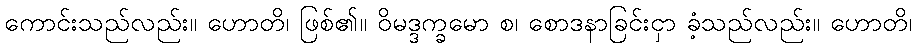
ကောင်းသည်လည်း။ ဟောတိ၊ ဖြစ်၏။ ဝိမဒ္ဒက္ခမော စ၊ စောဒနာခြင်းငှာ ခံ့သည်လည်း။ ဟောတိ၊